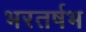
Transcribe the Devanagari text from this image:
भरतर्षभ